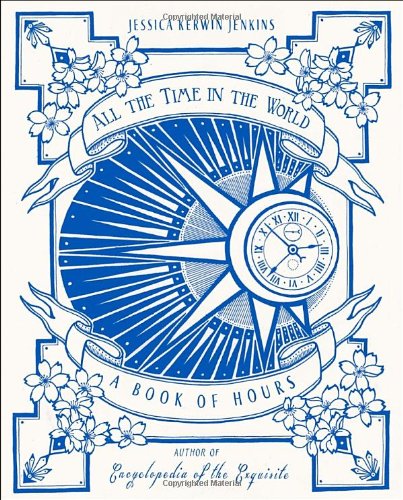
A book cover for All the Time in the World: A Book of Hours; Jessica Kerwin Jenkins; Humor & Entertainment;